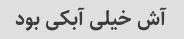
آش خیلی آبکی بود